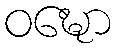
ဝဍ္ဎော